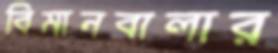
বিমানবালার